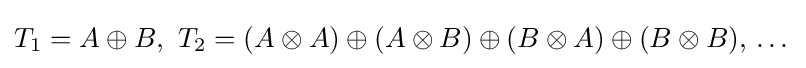
T_{1}=A\oplus B,\,\,T_{2}=(A\otimes A)\oplus (A\otimes B)\oplus (B\otimes A)\oplus (B\otimes B),\,\dots